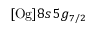
[ \mathrm { O g } ] 8 s \, 5 g _ { 7 / 2 }